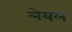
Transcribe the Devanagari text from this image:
लेयल